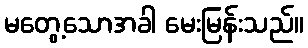
မတွေ့သောအခါ မေးမြန်းသည်။